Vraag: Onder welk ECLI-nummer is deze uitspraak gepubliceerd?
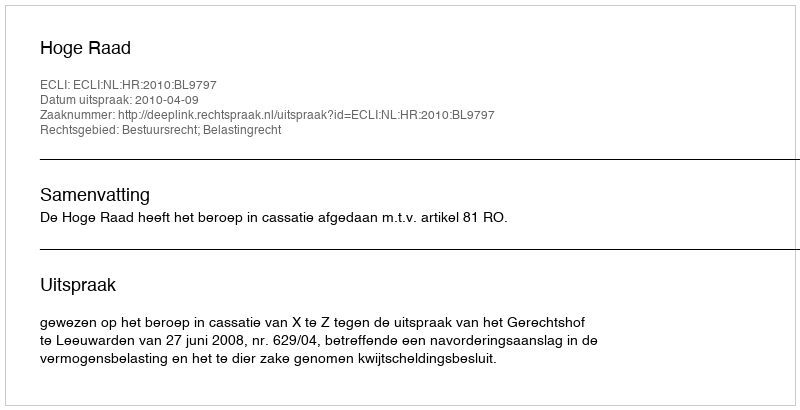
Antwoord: ECLI:NL:HR:2010:BL9797